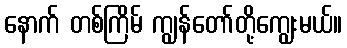
နောက် တစ်ကြိမ် ကျွန်တော်တို့ကျွေးမယ်။